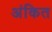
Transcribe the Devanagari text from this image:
अंकित